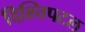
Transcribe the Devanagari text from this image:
दिश्तिपटल